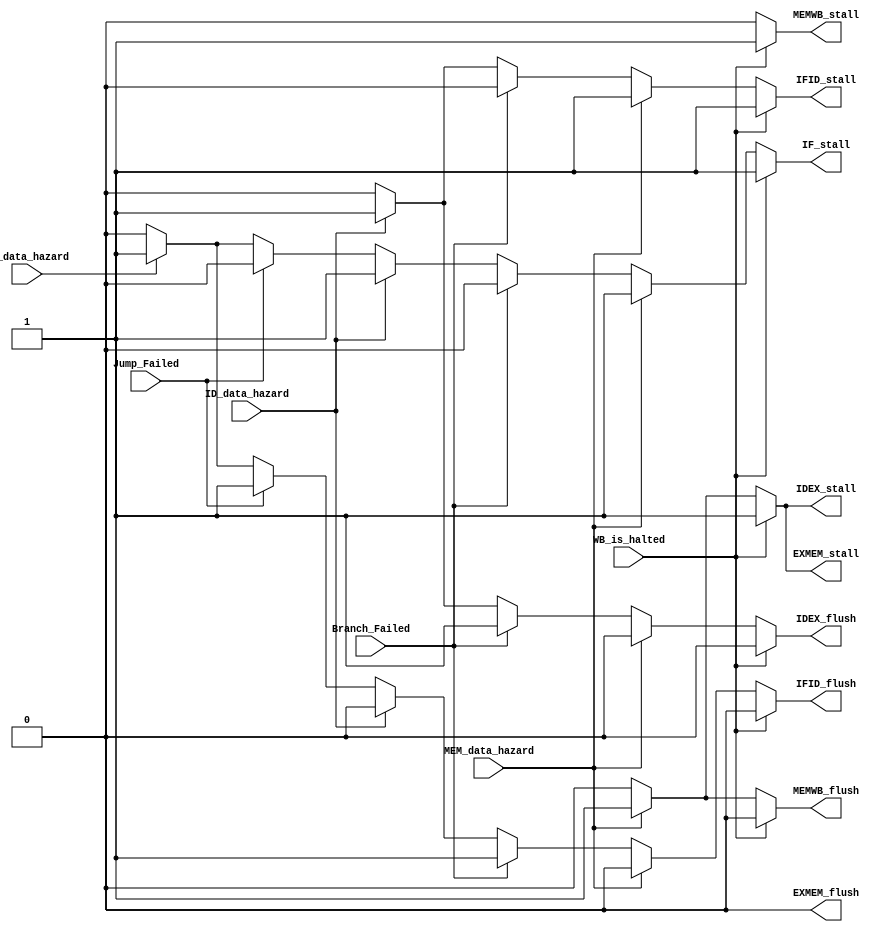
module HazardHandler(
    input IF_data_hazard, // memory delay
    input ID_data_hazard, // RAW hazard occurred
    input MEM_data_hazard, // memory delay

    input Jump_Failed,      // Unconditional Jump Prediction Failed
    input Branch_Failed,    // Branch Prediction Failed

    input WB_is_halted,

    output reg IF_stall,    // Do not update PC
    output reg IFID_stall,  // IFID do not latch new instruction -> Flush IDEX next posedge
    output reg IDEX_stall,
    output reg EXMEM_stall,
    output reg MEMWB_stall,
    output reg IFID_flush,  // Flush IFID register
    output reg IDEX_flush,  // Flush IDEX register
    output reg EXMEM_flush, // Flush EXMEM register
    output reg MEMWB_flush // Flush MEMWB register
);

    // if pipeline ahead is stalled -> stall (blocked)
    // if pipeline following is stalled -> flush (can't latch)
    always @(*) begin
        // default values - nothing stall or flush
        IF_stall = 1'b0;
        IFID_stall = 1'b0;
        IDEX_stall = 1'b0;
        EXMEM_stall = 1'b0;
        MEMWB_stall = 1'b0;
        IFID_flush = 1'b0;
        IDEX_flush = 1'b0;
        EXMEM_flush = 1'b0;
        MEMWB_flush = 1'b0;

        if(WB_is_halted) begin
            IF_stall = 1'b1;
            IFID_stall = 1'b1;
            IDEX_stall = 1'b1;
            EXMEM_stall = 1'b1;
            MEMWB_stall = 1'b1;

        // MEM stage hazard is oldest instruction among hazard - Should be handled first
        end else if(MEM_data_hazard) begin
            IF_stall = 1'b1;
            IFID_stall = 1'b1;
            IDEX_stall = 1'b1;
            EXMEM_stall = 1'b1;
            MEMWB_flush = 1'b1; // If EXMEM is stalled -> MEMWB will be flushed next posedge

        // Branch is next oldest instruction among hazard. Branch_Failed : flush IFID, IDEX ----------//
        end else if(Branch_Failed) begin    
            IFID_flush = 1'b1;
            IDEX_flush = 1'b1;

        // RAW should be resolved before Jump_Failed detection ----------------------------------//
        end else if(ID_data_hazard) begin   
            IF_stall = 1'b1;
            IFID_stall = 1'b1;
            IDEX_flush = 1'b1; // If IFID is stalled -> IDEX will be flushed next posedge

        // Jump_Faild : flush IFID --------------------------------------------------------------//
        end else if(Jump_Failed) begin      
            IFID_flush = 1'b1;

        end else if(IF_data_hazard) begin
            IF_stall = 1'b1;
            IFID_flush = 1'b1; // If IF is stalled -> IFID will be flushed next posedge

        // No hazard : don't stall, don't flush -------------------------------------------------//
        end else begin                      
            IF_stall = 1'b0;
            IFID_stall = 1'b0;
            IDEX_stall = 1'b0;
            EXMEM_stall = 1'b0;
            MEMWB_stall = 1'b0;
            IFID_flush = 1'b0;
            IDEX_flush = 1'b0;
            EXMEM_flush = 1'b0;
            MEMWB_flush = 1'b0;
        end
    end
endmodule